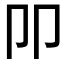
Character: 𰆋